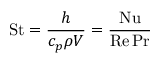
\mathrm { S t } = { \frac { h } { c _ { p } \rho V } } = { \frac { \mathrm { N u } } { \mathrm { R e } \, \mathrm { P r } } }